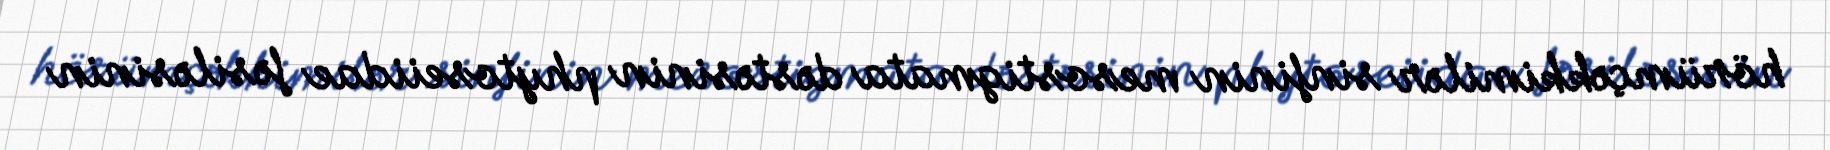
hörümçəkkimilər sinfinin mesostigmata dəstəsinin phytoseiidae fəsiləsinin